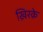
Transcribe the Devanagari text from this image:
ख़िरक़े